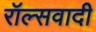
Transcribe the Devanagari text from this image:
रॉल्सवादी